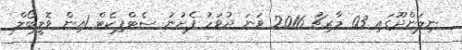
ނިލަންދޫގައި 03 މާރިޗު 2016 ވަނަ ދުވަހު ފެށުނު ސެޓްފިކެޓް 1އިން ވޮލީބޯލް